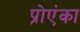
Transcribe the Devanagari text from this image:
प्रोएंका